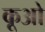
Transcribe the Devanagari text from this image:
कूओ